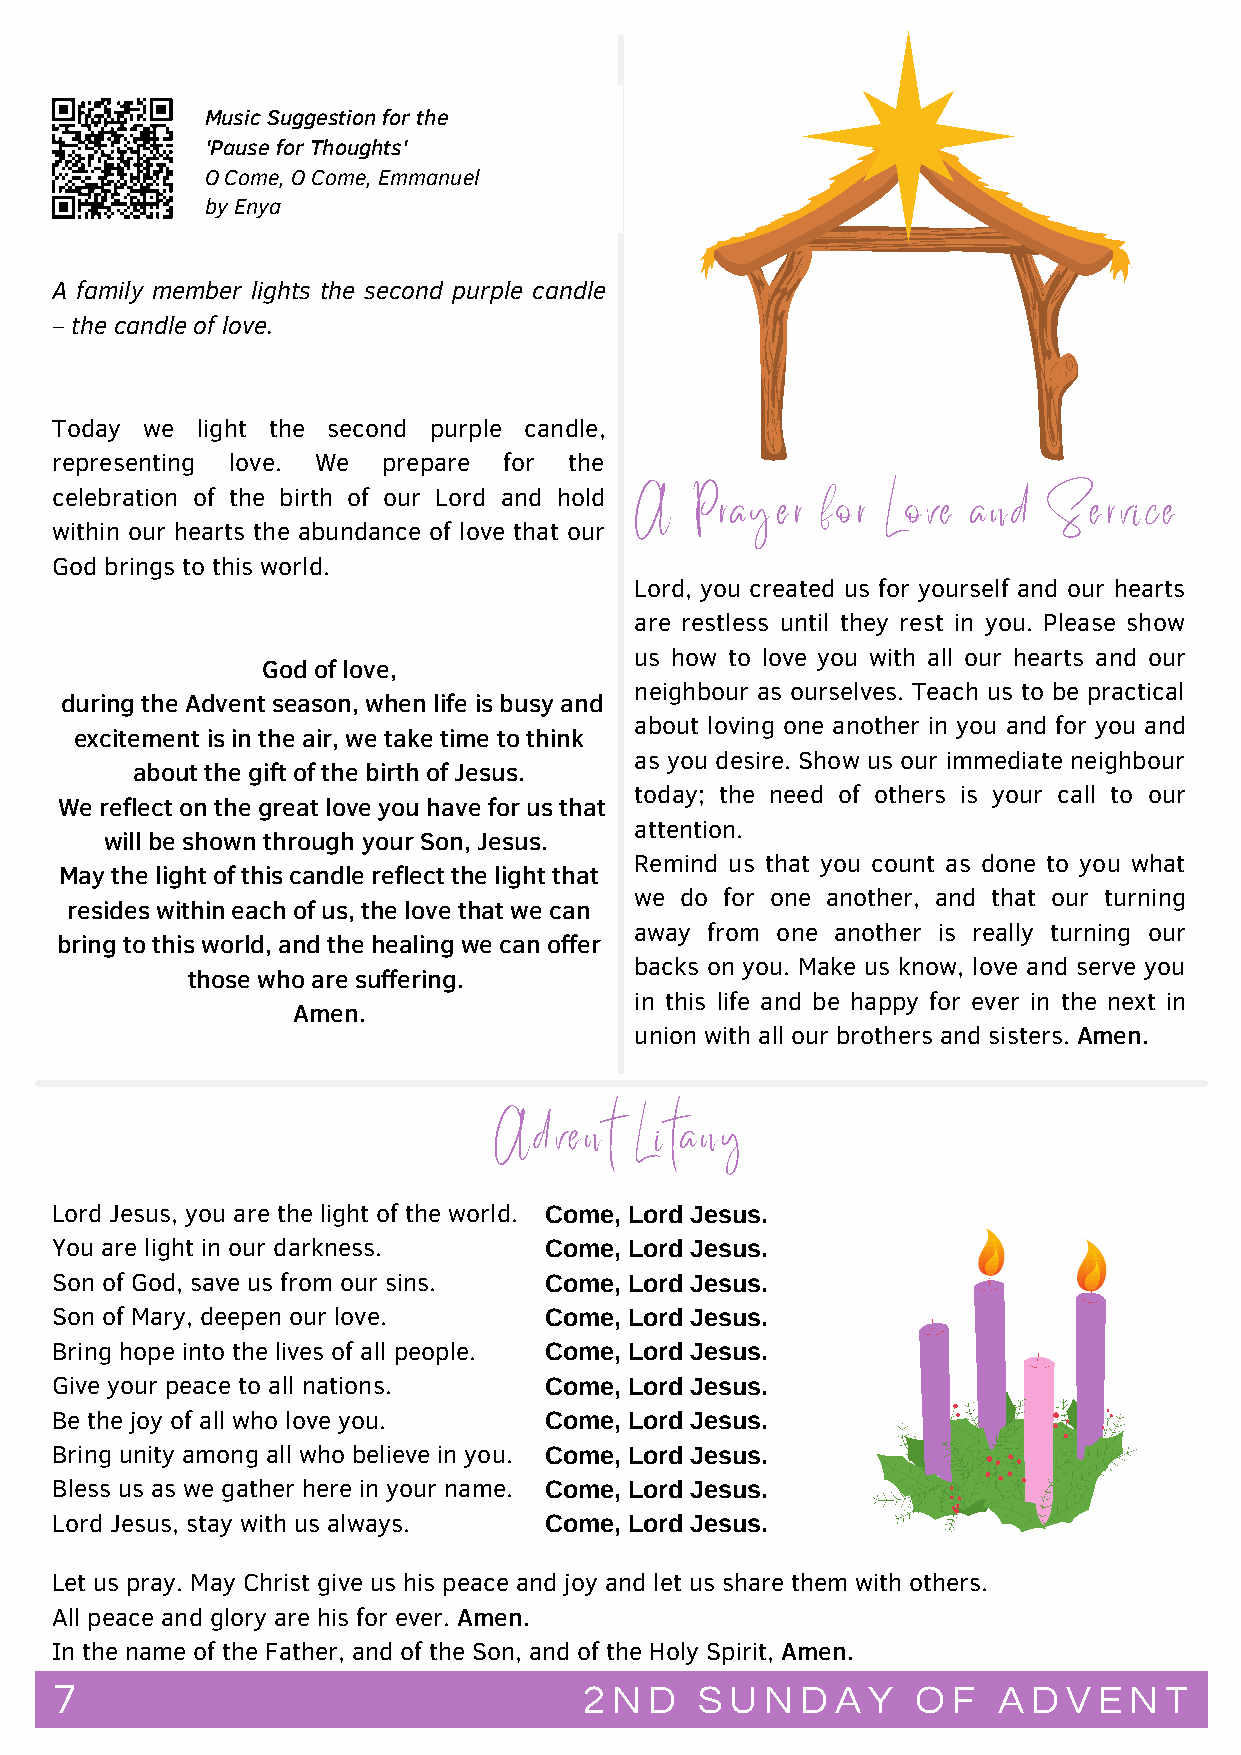
Music Suggestion for the
 'Pause for Thoughts'
 O Come, O Come, Emmanuel
 by Enya
 A family member lights the second purple candle
 – the candle of love.
 Today we  light the second purple candle,
 representing love. We prepare for  the
 celebration of the birth of our Lord and hold
 A   Prayer  for  Love and  Service
 within our hearts the abundance of love that our
 God brings to this world.
 Lord, you created us for yourself and our hearts
 are restless until they rest in you. Please show
 us how to love you with all our hearts and our
 God of love,
 neighbour as ourselves. Teach us to be practical
 during the Advent season, when life is busy and
 about loving one another in you and for you and
 excitement is in the air, we take time to think
 as you desire. Show us our immediate neighbour
 about the gift of the birth of Jesus.
 today; the need of others is your call to our
 We reflect on the great love you have for us that
 attention.
 will be shown through your Son, Jesus.
 Remind us that you count as done to you what
 May the light of this candle reflect the light that
 we do for one another, and that our turning
 resides within each of us, the love that we can
 away from one another is really turning our
 bring to this world, and the healing we can offer
 backs on you. Make us know, love and serve you
 those who are suffering.
 in this life and be happy for ever in the next in
 Amen.
 union with all our brothers and sisters. Amen.
 Advent   Litany
 Lord Jesus, you are the light of the world. Come, Lord Jesus.
 You are light in our darkness.   Come, Lord Jesus.
 Son of God, save us from our sins. Come, Lord Jesus.
 Son of Mary, deepen our love.    Come, Lord Jesus.
 Bring hope into the lives of all people. Come, Lord Jesus.
 Give your peace to all nations.  Come, Lord Jesus.
 Be the joy of all who love you.  Come, Lord Jesus.
 Bring unity among all who believe in you. Come, Lord Jesus.
 Bless us as we gather here in your name. Come, Lord Jesus.
 Lord Jesus, stay with us always. Come, Lord Jesus.
 Let us pray. May Christ give us his peace and joy and let us share them with others.
 All peace and glory are his for ever. Amen.
 In the name of the Father, and of the Son, and of the Holy Spirit, Amen.
 7                                  2 N D  S U  N D A Y   O F  A D  V E N T